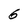
Character: 6